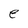
Character: e